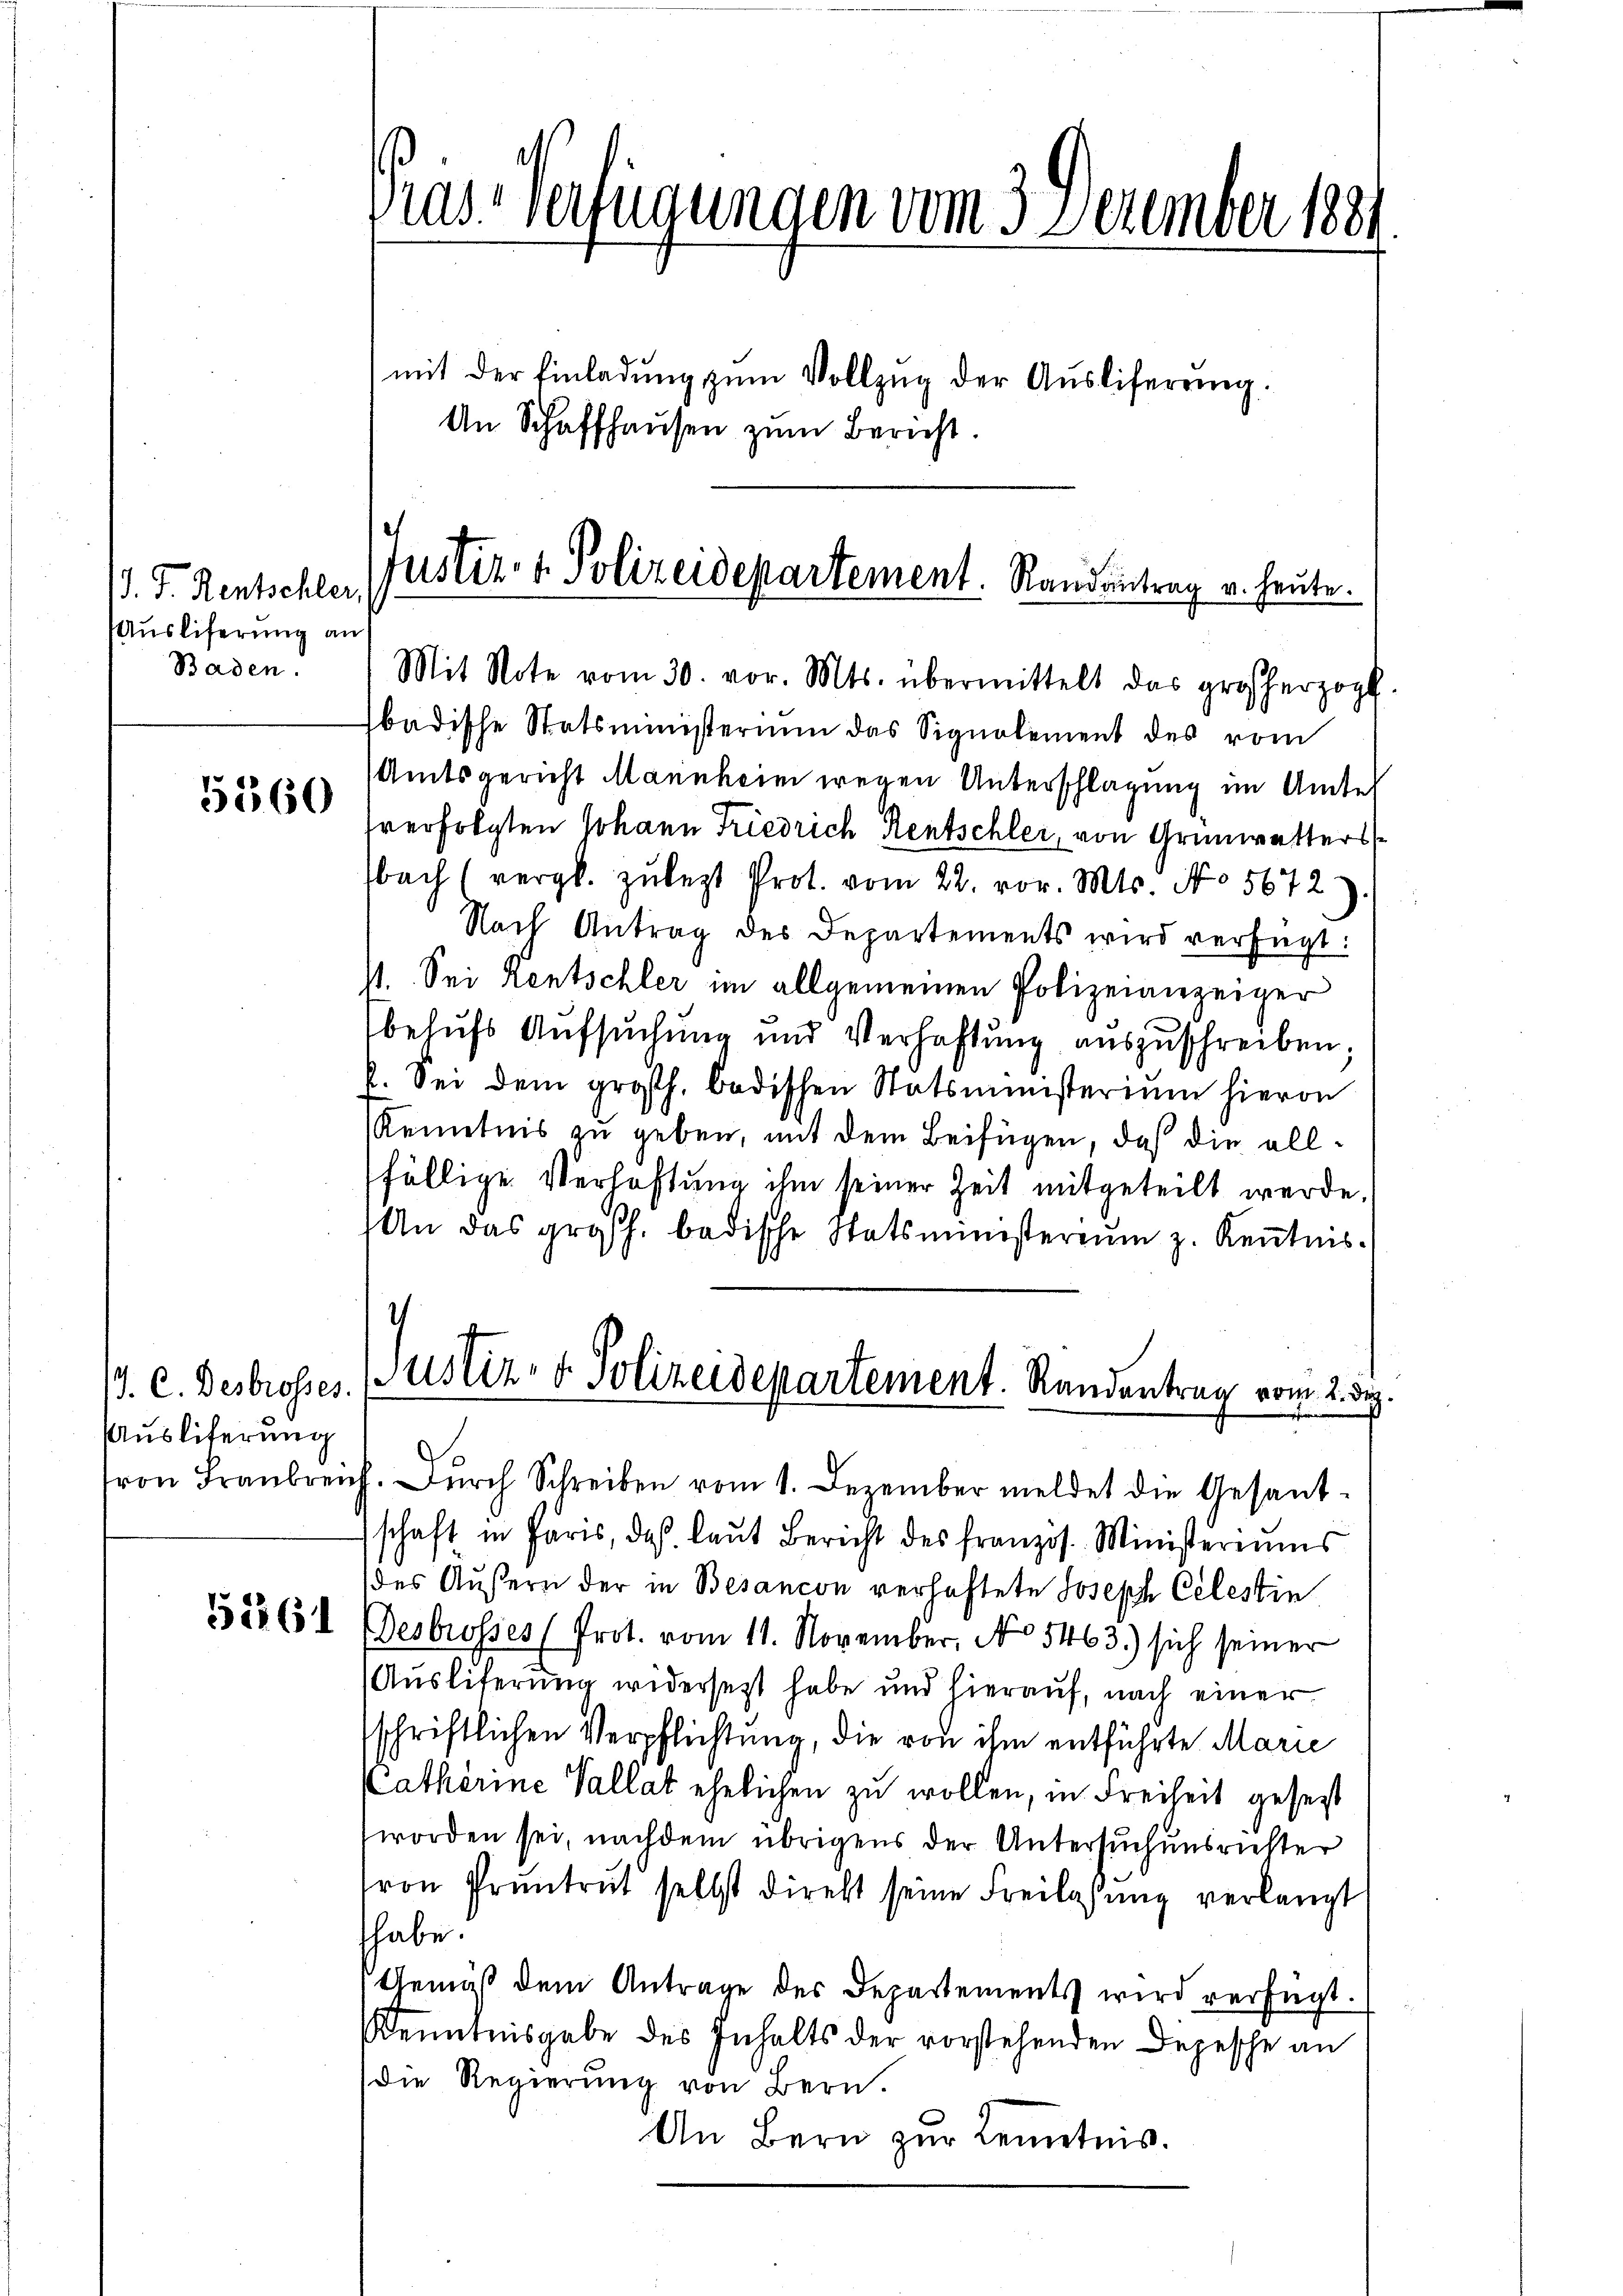
J. J. Rentschler,
Auslieferung an
Baden

5560

J. C. Destrosses.
Ausliferung
von Franbren

52261

Gras verfügungen vom 3 Dezember 1881

mit der Einladŭng zŭm Vollzŭg der Aŭsliferŭng.
An Schaffhausen zŭm Bericht.

Justiz- & Polizeidepartement. Randantrag u. heute.

Mit Note vom 30. vor. Mts. übermittelt das großherzogt
badische Statsministerium das Signalement des vom
Amtsgericht Mannheim wegen Unterschlagung im Amtes
tverfolgten Johann Friedrich Rentschler, von Grünwetters
fbach (vergl. zulezt Prot. vom 22. vor. Mts. No 5672)
Nach Antrag des Departements wird verfügt:
st. Sei Rentschler im allgemeinen Polizeianzeiger
behufs Aufsuchung und Verhaftung auszuschreiben;
l. Sei dem großh. badischen Statsministerium hieron
Kenntnis zu geben, mit dem Beifügen, daß die allfällige Verhaftung ihm seiner Zeit mitgeteilt werde.
An das großh. badische Statsministerium z. Kenntnisf. Durch Schreiben vom 1. Dezember meldet die Gesandschaft in Paris, das laŭt Bericht des französ. Ministeriums
des Äußern der in Besancon verhaftete Joseph Celestin
Desbrosses (Prot. vom 11. November, No 5463) sich seiner
Ausliferung widersetzt habe und hierauf, nach einer
schriftlichen Verpflichtung, die von ihm entführte Marie
Lathèrine Vallat ehelichen zu wollen, in Freiheit gesetzt
worden sei, nachdem übrigens der Untersuchensrichter
ron Pruntrut selbst direkt seine Freilassung verlangt
thabe.
Gemäß dem Antrage des Departements wird verfügt.
Kenntnisgabe des Inhalts der vorstehenden Depesche an
die Regierung von Bern.
An Bern zur Kenntnis.

Justiz- & Polizeidepartement. Randentrag vom 2. dez.
es